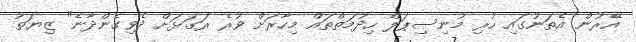
އޭރުން އެތަނުގައި ހުރި މުނިސިޕަލް ހިދުމަތްތައް މިހާރަށް ވުރެ ރަގަޅަށް ދެވިގެންދާނެ" ޒިޔަތު